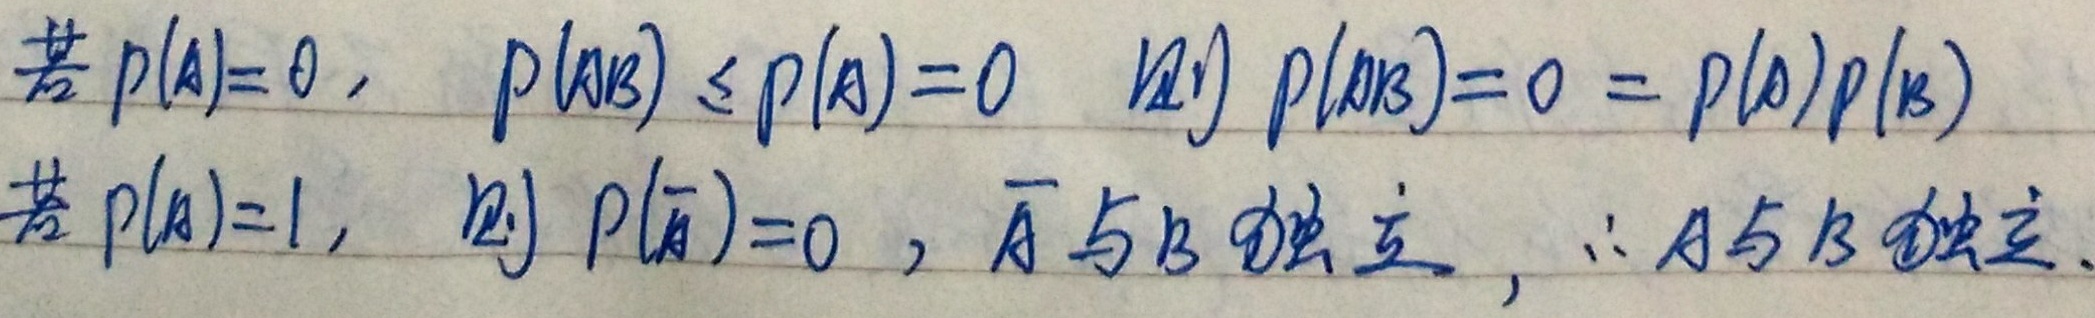
若 \(p(A)=0\)， \(p(AB) \leq p(A)=0\) 则 \(p(AB)=0 = p(A)p(B)\)
若 \(p(A)=1\)， 则 \(p(\overline{A})=0\)，\(\overline{A}\) 与 \(B\) 独立，\(\therefore A\) 与 \(B\) 独立.